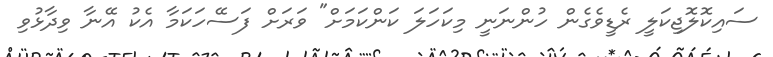
ސައިކޮލޮޖިކަލީ ރެޑީވެގެން ހުންނަނީ މިކަހަލަ ކަންކަމަށް" ވަރަށް ފަސޭހަކަމާ އެކު އޭނާ ވިދާޅުވި